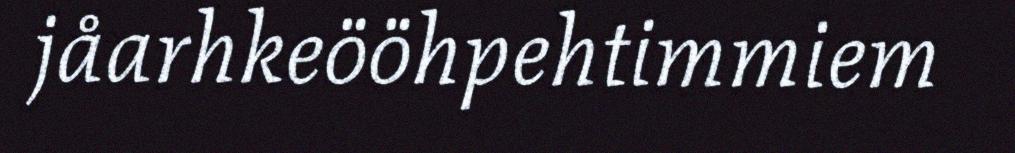
jåarhkeööhpehtimmiem